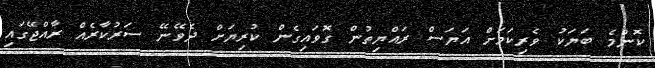
ކޮންމެ ބަޔަކު ވެރިކަމަށް އަޔަސް ރައްޔިތުން ގޮވައިގެން ކުރިޔަށް ދެވޭނޭ ސަރުކާރެއް ރާއްޖޭގައި